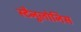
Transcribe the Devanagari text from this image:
स्टैनुलोनिस